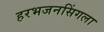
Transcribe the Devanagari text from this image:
हरभजनसिंगला